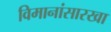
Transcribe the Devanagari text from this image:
विमानांसारखा